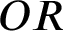
O R